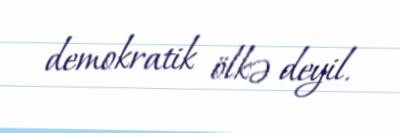
demokratik ölkə deyil.